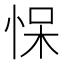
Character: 𰑠